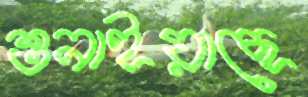
শুনাইয়াছে